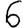
Digit: 6